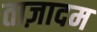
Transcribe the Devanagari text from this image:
ताज़ादम